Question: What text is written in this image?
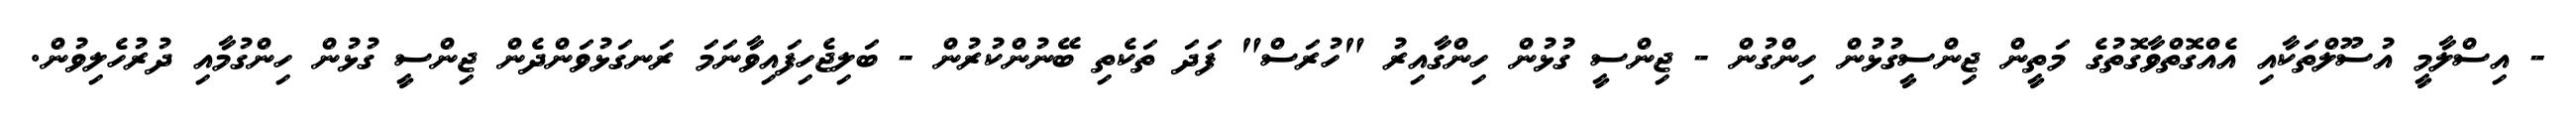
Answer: - އިސްލާމީ އުސޫލްތަކާއި އެއްގޮތްވާގޮތުގެ މަތީން ޖިންސީގުޅުން ހިންގުން - ޖިންސީ ގުޅުން ހިންގާއިރު "ހުރަސް" ފަދަ ތަކެތި ބޭނުންކުރުން - ބަލިޖެހިފައިވާނަމަ ރަނގަޅުވަންދެން ޖިންސީ ގުޅުން ހިންގުމާއި ދުރުހެލިވުން.